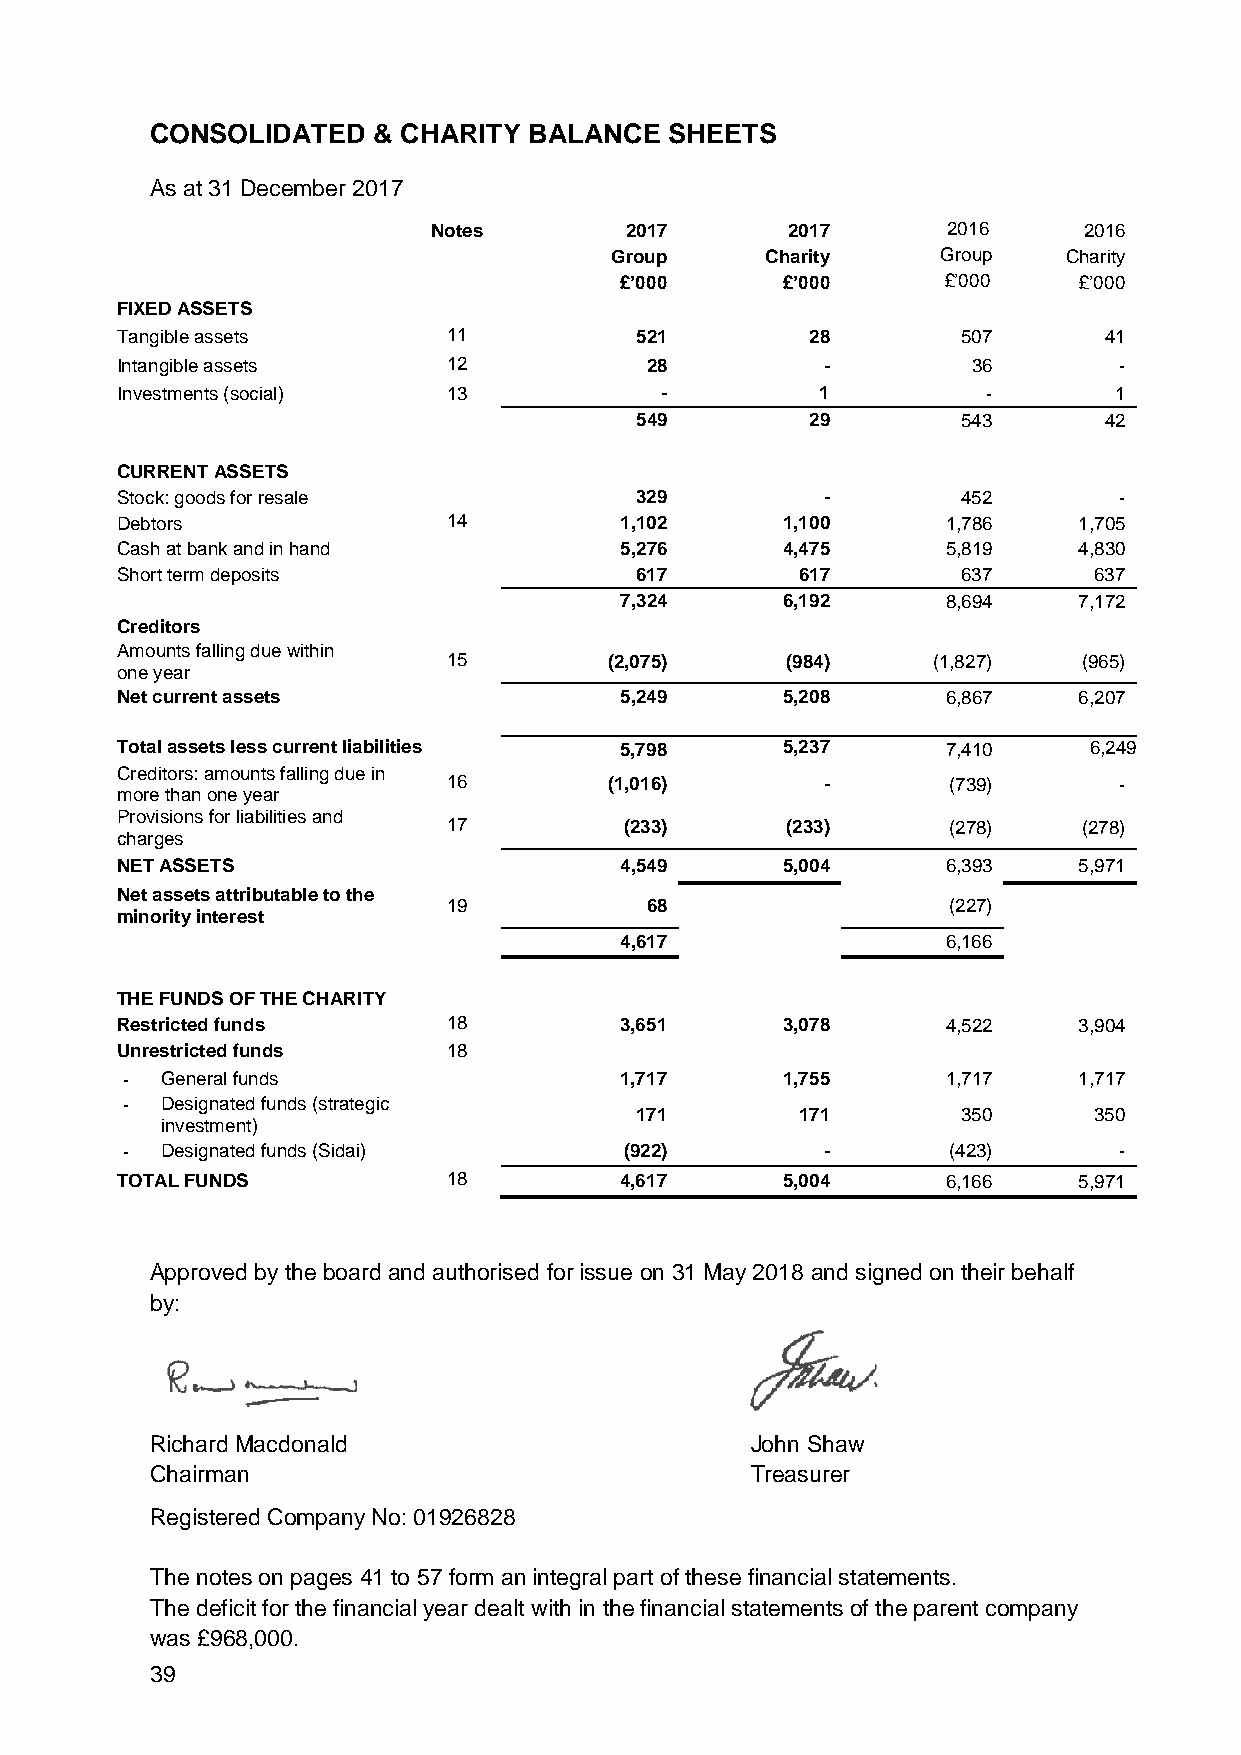
CONSOLIDATED   & CHARITY BALANCE  SHEETS
 As at 31 December 2017
 Notes       2017       2017       2016     2016
 Group      Charity    Group    Charity
 £’000      £’000     £’000    £’000
 FIXED ASSETS
 Tangible assets       11          521         28        507      41
 Intangible assets     12           28          -        36        -
 Investments (social)  13            -         1          -        1
 549         29        543      42
 CURRENT ASSETS
 Stock: goods for resale           329          -        452       -
 Debtors               14         1,102      1,100      1,786   1,705
 Cash at bank and in hand         5,276      4,475      5,819   4,830
 Short term deposits               617        617        637     637
 7,324      6,192      8,694   7,172
 Creditors
 Amounts falling due within
 15        (2,075)     (984)     (1,827)   (965)
 one year
 Net current assets               5,249      5,208      6,867   6,207
 Total assets less current liabilities 5,798 5,237      7,410    6,249
 Creditors: amounts falling due in
 16        (1,016)        -       (739)      -
 more than one year
 Provisions for liabilities and
 17         (233)      (233)      (278)    (278)
 charges
 NET ASSETS                       4,549      5,004      6,393   5,971
 Net assets attributable to the
 19           68                  (227)
 minority interest
 4,617                 6,166
 THE FUNDS OF THE CHARITY
 Restricted funds      18         3,651      3,078      4,522   3,904
 Unrestricted funds    18
 -  General funds                 1,717      1,755      1,717   1,717
 -  Designated funds (strategic
 171        171        350     350
 investment)
 -  Designated funds (Sidai)      (922)         -       (423)      -
 TOTAL FUNDS           18         4,617      5,004      6,166   5,971
 Approved by the board and authorised for issue on 31 May 2018 and signed on their behalf
 by:
 Richard Macdonald                       John Shaw
 Chairman                                Treasurer
 Registered Company No: 01926828
 The notes on pages 41 to 57 form an integral part of these financial statements.
 The deficit for the financial year dealt with in the financial statements of the parent company
 was £968,000.
 39